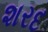
શરદ